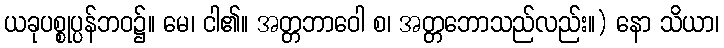
ယခုပစ္စုပ္ပန်ဘဝ၌။ မေ၊ ငါ၏။ အတ္တဘာဝေါ စ၊ အတ္တဘောသည်လည်း။) နော သိယာ၊